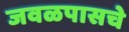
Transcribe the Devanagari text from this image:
जवळपासचे